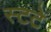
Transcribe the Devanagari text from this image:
स्टटे